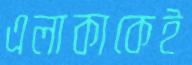
এলাকাকেই